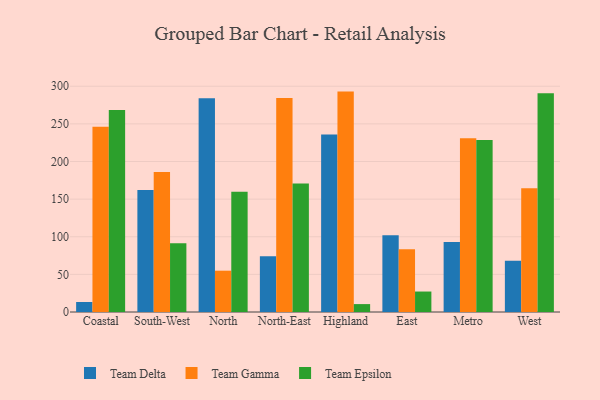
{"axis": {"x": "Region", "y": "Humidity (%)"}, "legend": ["Team Delta", "Team Epsilon", "Team Gamma"], "data": [{"x": "Coastal", "y": 13.3, "type": "Team Delta"}, {"x": "Coastal", "y": 246.2, "type": "Team Gamma"}, {"x": "Coastal", "y": 268.6, "type": "Team Epsilon"}, {"x": "South-West", "y": 162.2, "type": "Team Delta"}, {"x": "South-West", "y": 185.9, "type": "Team Gamma"}, {"x": "South-West", "y": 91.3, "type": "Team Epsilon"}, {"x": "North", "y": 284.0, "type": "Team Delta"}, {"x": "North", "y": 54.9, "type": "Team Gamma"}, {"x": "North", "y": 159.8, "type": "Team Epsilon"}, {"x": "North-East", "y": 74.2, "type": "Team Delta"}, {"x": "North-East", "y": 284.4, "type": "Team Gamma"}, {"x": "North-East", "y": 170.8, "type": "Team Epsilon"}, {"x": "Highland", "y": 236.0, "type": "Team Delta"}, {"x": "Highland", "y": 292.9, "type": "Team Gamma"}, {"x": "Highland", "y": 10.5, "type": "Team Epsilon"}, {"x": "East", "y": 102.0, "type": "Team Delta"}, {"x": "East", "y": 83.3, "type": "Team Gamma"}, {"x": "East", "y": 27.2, "type": "Team Epsilon"}, {"x": "Metro", "y": 92.9, "type": "Team Delta"}, {"x": "Metro", "y": 230.9, "type": "Team Gamma"}, {"x": "Metro", "y": 228.5, "type": "Team Epsilon"}, {"x": "West", "y": 68.1, "type": "Team Delta"}, {"x": "West", "y": 164.6, "type": "Team Gamma"}, {"x": "West", "y": 290.8, "type": "Team Epsilon"}]}